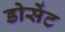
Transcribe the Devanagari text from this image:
डोसेंट